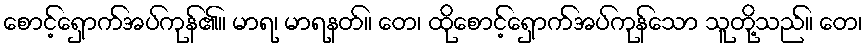
စောင့်ရှောက်အပ်ကုန်၏။ မာရ၊ မာရနတ်။ တေ၊ ထိုစောင့်ရှောက်အပ်ကုန်သော သူတို့သည်။ တေ၊